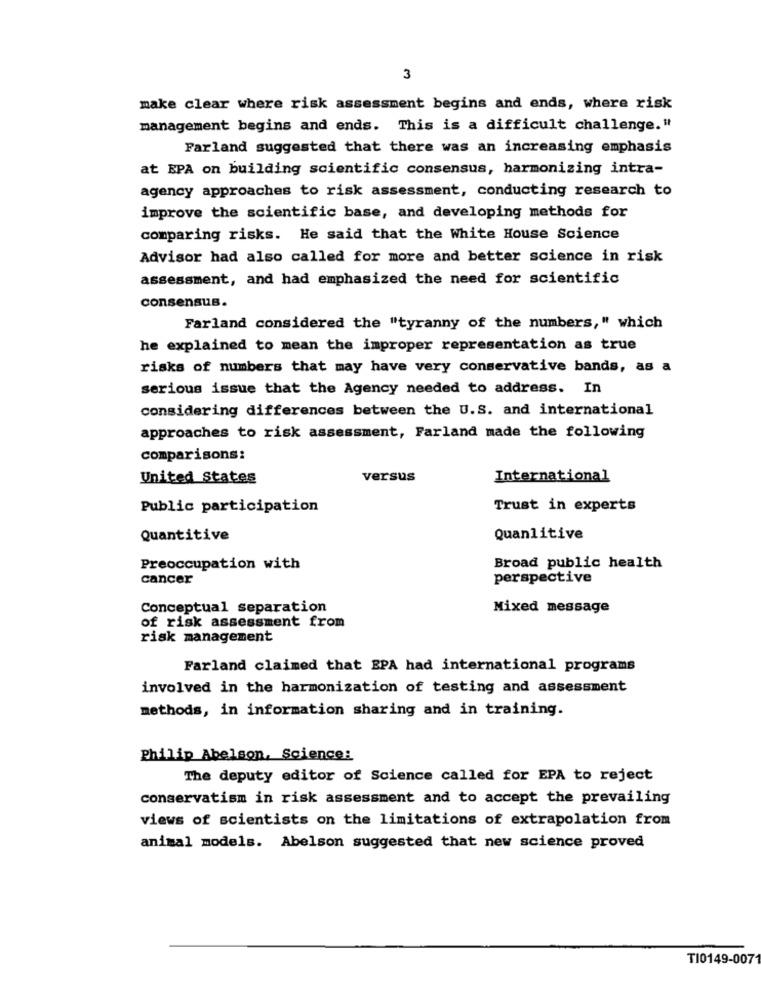
3
make clear where risk assessment begins and ends, where risk
management begins and ends. This is a difficult challenge."
Farland suggested that there was an increasing emphasis
at BPA on building scientific consensus, harmonizing intra-
agency approaches to risk assessment, conducting research to
improve the scientific base, and developing methods for
comparing risks. He said that the White House Science
Advisor had also called for more and better science in risk
assessment, and had emphasized the need for scientific
consensus.
Farland considered the "tyranny of the numbers," which
he explained to mean the improper representation as true
risks of numbers that may have very conservative bands, as a
serious issue that the Agency needed to address. In
considering differences between the U.S. and international
approaches to risk assessment, Farland made the following
comparisons:
United States
versus
International
Public participation
Trust in experts
Quantitive
Quanlitive
Preoccupation with
Broad public health
cancer
perspective
Conceptual separation
Mixed message
of risk assessment from
risk management
Farland claimed that EPA had international programs
involved in the harmonization of testing and assessment
methods, in information sharing and in training.
Philip Abelson, Science:
The deputy editor of Science called for EPA to reject
conservatism in risk assessment and to accept the prevailing
views of scientists on the limitations of extrapolation from
animal models. Abelson suggested that new science proved
TI0149-007